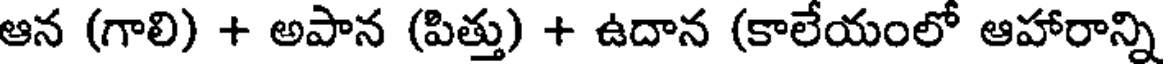
ఆన (గాలి) + అపాన (పిత్తు) + ఉదాన (కాలేయంలో ఆహారాన్ని